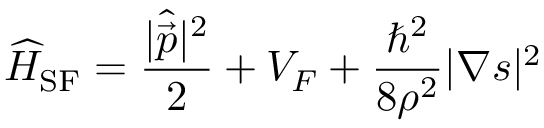
\widehat { H } _ { \mathrm { S F } } = \frac { | \widehat { \vec { p } } | ^ { 2 } } { 2 } + V _ { F } + \frac { \hbar ^ { 2 } } { 8 \rho ^ { 2 } } | \boldsymbol { \nabla } \boldsymbol { s } | ^ { 2 }